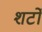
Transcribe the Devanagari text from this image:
शर्टों